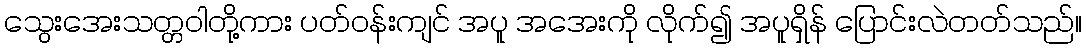
သွေးအေးသတ္တဝါတို့ကား ပတ်ဝန်းကျင် အပူ အအေးကို လိုက်၍ အပူရှိန် ပြောင်းလဲတတ်သည်။